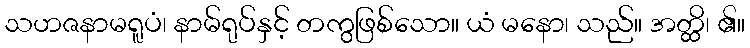
သဟဇနာမရူပံ၊ နာမ်ရုပ်နှင့် တကွဖြစ်သော။ ယံ မနော၊ သည်။ အတ္ထိ၊ ၏။